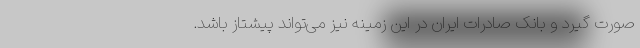
صورت گیرد و بانک صادرات ایران در این زمینه نیز می‌تواند پیشتاز باشد.